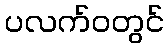
ပလက်ဝတွင်